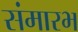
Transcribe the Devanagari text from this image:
संमारभ